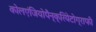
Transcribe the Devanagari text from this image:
कोलएंजियोपैन्क्रियेटोग्राफी